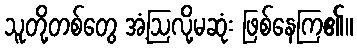
သူတို့တစ်တွေ အံ့ဩလို့မဆုံး ဖြစ်နေကြ၏။